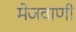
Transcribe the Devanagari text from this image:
मेजवाणी